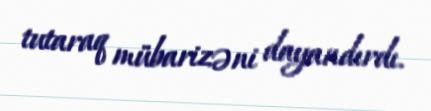
tutaraq mübarizəni dayandırdı.